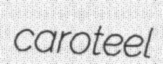
caroteel